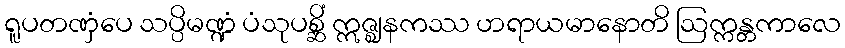
ရူပတဏှံပေ သပ္ပိမဏ္ဍံ ပံသုပစ္ဆိံ ဣဇ္ဈနကဿ ဟရာယမာနောတိ ဩက္ကန္တကာလေ